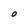
Character: O